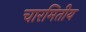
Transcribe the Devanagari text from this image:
चारमितीय